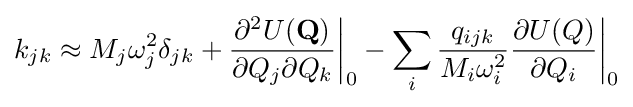
k_{jk}\approx M_{j}\omega _{j}^{2}\delta _{jk}+{\frac {\partial ^{2}U(\mathbf {Q} )}{\partial Q_{j}\partial Q_{k}}}{\bigg \vert }_{0}-\sum _{i}{\frac {q_{ijk}}{M_{i}\omega _{i}^{2}}}{\frac {\partial U(Q)}{\partial Q_{i}}}{\bigg \vert }_{0}